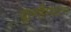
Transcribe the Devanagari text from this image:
वूलहैम्पटन